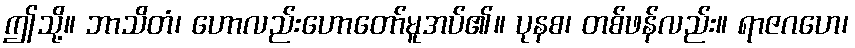
ဤသို့။ ဘာသိတံ၊ ဟောလည်းဟောတော်မူအပ်၏။ ပုနစ၊ တစ်ဖန်လည်း။ ရာဇဂဟေ၊